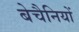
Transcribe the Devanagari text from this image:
बेचैनियों